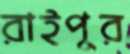
রাইপুর